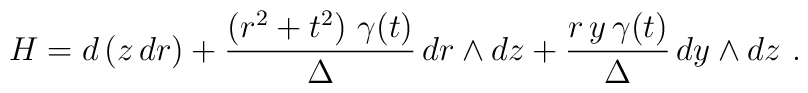
H=d\left(z\,dr\right)+\frac{\left(r^2+t^2\right)\,\gamma(t)}{\Delta} \,dr\wedge dz +  \frac{r\,y\,\gamma (t)}{\Delta}\,dy\wedge dz\ .